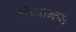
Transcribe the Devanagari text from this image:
विवान्त्स